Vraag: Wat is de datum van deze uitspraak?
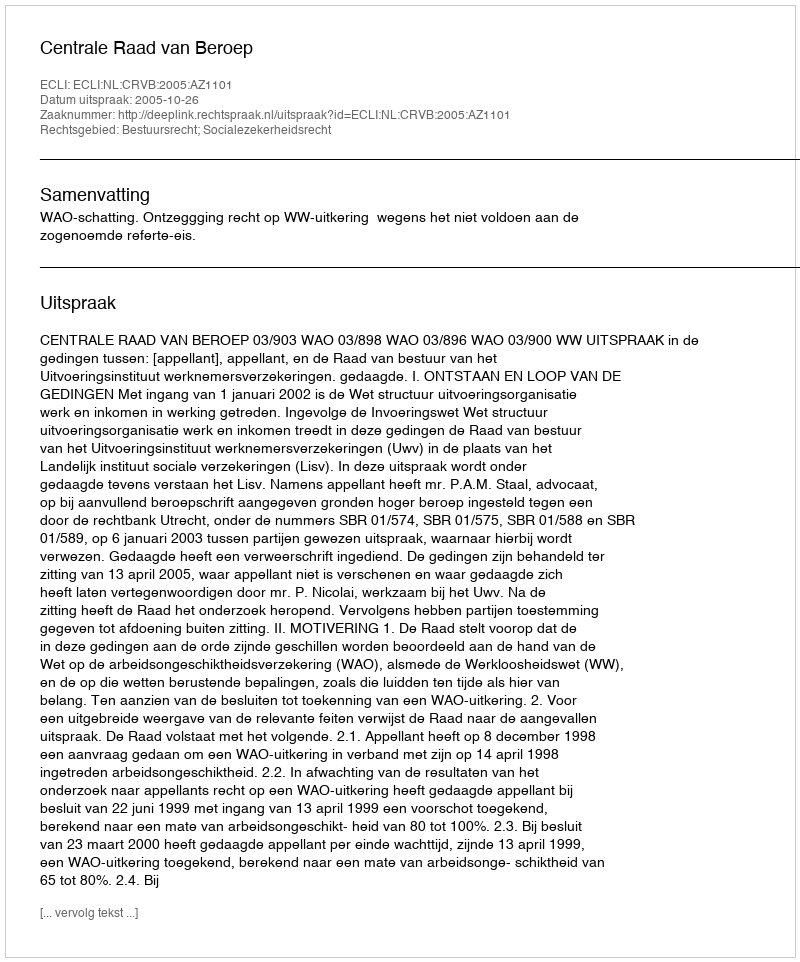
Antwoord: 2005-10-26